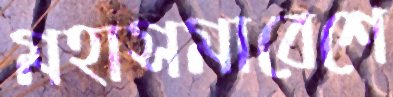
মহাসমাবেশে